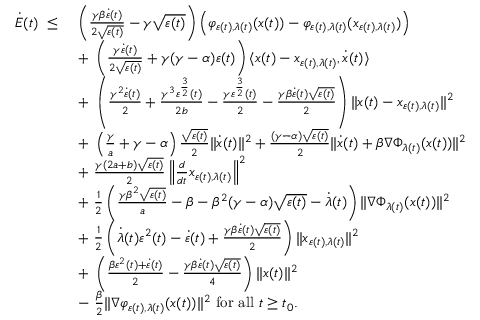
\begin{array} { r l } { \dot { E } ( t ) \ \leq \ } & { \left( \frac { \gamma \beta \dot { \varepsilon } ( t ) } { 2 \sqrt { \varepsilon ( t ) } } - \gamma \sqrt { \varepsilon ( t ) } \right) \left( \varphi _ { \varepsilon ( t ) , \lambda ( t ) } ( x ( t ) ) - \varphi _ { \varepsilon ( t ) , \lambda ( t ) } ( x _ { \varepsilon ( t ) , \lambda ( t ) } ) \right) } \\ & { + \ \left( \frac { \gamma \dot { \varepsilon } ( t ) } { 2 \sqrt { \varepsilon ( t ) } } + \gamma ( \gamma - \alpha ) \varepsilon ( t ) \right) \langle x ( t ) - x _ { \varepsilon ( t ) , \lambda ( t ) } , \dot { x } ( t ) \rangle } \\ & { + \ \left( \frac { \gamma ^ { 2 } \dot { \varepsilon } ( t ) } { 2 } + \frac { \gamma ^ { 3 } \varepsilon ^ { \frac { 3 } { 2 } } ( t ) } { 2 b } - \frac { \gamma \varepsilon ^ { \frac { 3 } { 2 } } ( t ) } { 2 } - \frac { \gamma \beta \dot { \varepsilon } ( t ) \sqrt { \varepsilon ( t ) } } { 2 } \right) \| x ( t ) - x _ { \varepsilon ( t ) , \lambda ( t ) } \| ^ { 2 } } \\ & { + \ \left( \frac { \gamma } { a } + \gamma - \alpha \right) \frac { \sqrt { \varepsilon ( t ) } } { 2 } \| \dot { x } ( t ) \| ^ { 2 } + \frac { ( \gamma - \alpha ) \sqrt { \varepsilon ( t ) } } { 2 } \| \dot { x } ( t ) + \beta \nabla \Phi _ { \lambda ( t ) } ( x ( t ) ) \| ^ { 2 } } \\ & { + \ \frac { \gamma ( 2 a + b ) \sqrt { \varepsilon ( t ) } } { 2 } \left\| \frac { d } { d t } x _ { \varepsilon ( t ) , \lambda ( t ) } \right\| ^ { 2 } } \\ & { + \ \frac { 1 } { 2 } \left( \frac { \gamma \beta ^ { 2 } \sqrt { \varepsilon ( t ) } } { a } - \beta - \beta ^ { 2 } ( \gamma - \alpha ) \sqrt { \varepsilon ( t ) } - \dot { \lambda } ( t ) \right) \| \nabla \Phi _ { \lambda ( t ) } ( x ( t ) ) \| ^ { 2 } } \\ & { + \ \frac { 1 } { 2 } \left( \dot { \lambda } ( t ) \varepsilon ^ { 2 } ( t ) - \dot { \varepsilon } ( t ) + \frac { \gamma \beta \dot { \varepsilon } ( t ) \sqrt { \varepsilon ( t ) } } { 2 } \right) \| x _ { \varepsilon ( t ) , \lambda ( t ) } \| ^ { 2 } } \\ & { + \ \left( \frac { \beta \varepsilon ^ { 2 } ( t ) + \dot { \varepsilon } ( t ) } { 2 } - \frac { \gamma \beta \dot { \varepsilon } ( t ) \sqrt { \varepsilon ( t ) } } { 4 } \right) \| x ( t ) \| ^ { 2 } } \\ & { - \ \frac { \beta } { 2 } \| \nabla \varphi _ { \varepsilon ( t ) , \lambda ( t ) } ( x ( t ) ) \| ^ { 2 } \mathrm { ~ f o r ~ a l l ~ } t \geq t _ { 0 } . } \end{array}